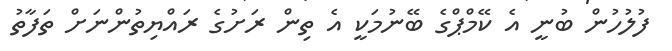
ފުލުހުން ބުނީ އެ ކޭމްޕްގެ ބޭނުމަކީ އެ ތިން ރަށުގެ ރައްޔިތުންނަށް ތަފާތު